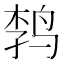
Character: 𲍷